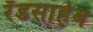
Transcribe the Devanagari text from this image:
रँडसाहेब